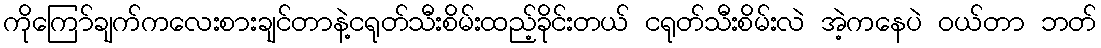
ကိုကြော်ချက်ကလေးစားချင်တာနဲ့ငရုတ်သီးစိမ်းထည့်ခိုင်းတယ် ငရုတ်သီးစိမ်းလဲ အဲ့ကနေပဲ ဝယ်တာ ဘတ်